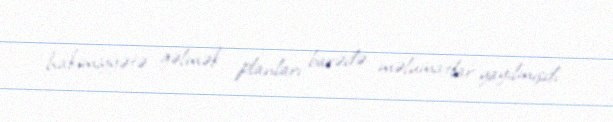
hakimiyyətə gəlmək planları barədə məlumatlar yayılmışdı.